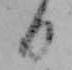
日